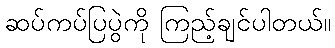
ဆပ်ကပ်ပြပွဲကို ကြည့်ချင်ပါတယ်။